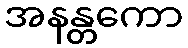
အနန္တကော